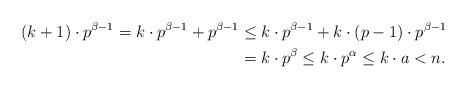
LaTeX: \begin{align*}(k+1) \cdot p^{\beta-1} = k \cdot p^{\beta-1} + p^{\beta-1} & \leq k \cdot p^{\beta-1} + k \cdot (p-1) \cdot p^{\beta-1} \\& = k \cdot p^{\beta} \leq k \cdot p^{\alpha} \leq k \cdot a< n.\end{align*}